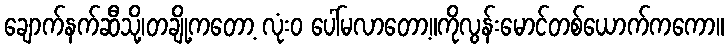
ချောက်နက်ဆီသို့၊တချို့ကတော့ လုံးဝ ပေါ်မလာတော့။ကိုလွန်းမောင်တစ်ယောက်ကကော။